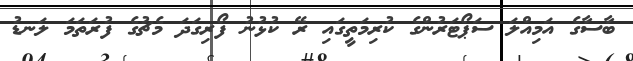
ބާސާގެ އަމިއްލަ ސަޕޯޓަރުންގެ ކުރިމަތީގައި ރޭ ކުޅުނު ފޯރިގަދަ މެޗުގެ ފުރަތަމަ ލަނޑު